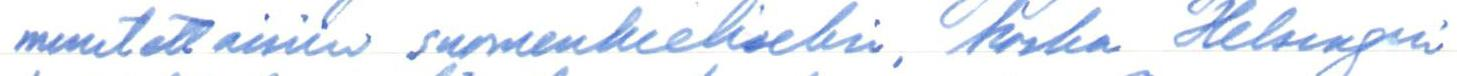
muutettaisiin suomenkieliseksi, koska Helsingin